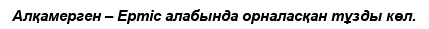
Алқамерген – Ертіс алабында орналасқан тұзды көл.